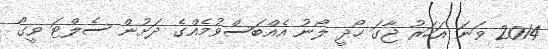
2014 ވަނަ އަހަރު ޖާގަ ހޯދީ ލޯނު އެއްބަސްވުމެއްގެ ދަށުން ސެލްޓަ ވީގޯ